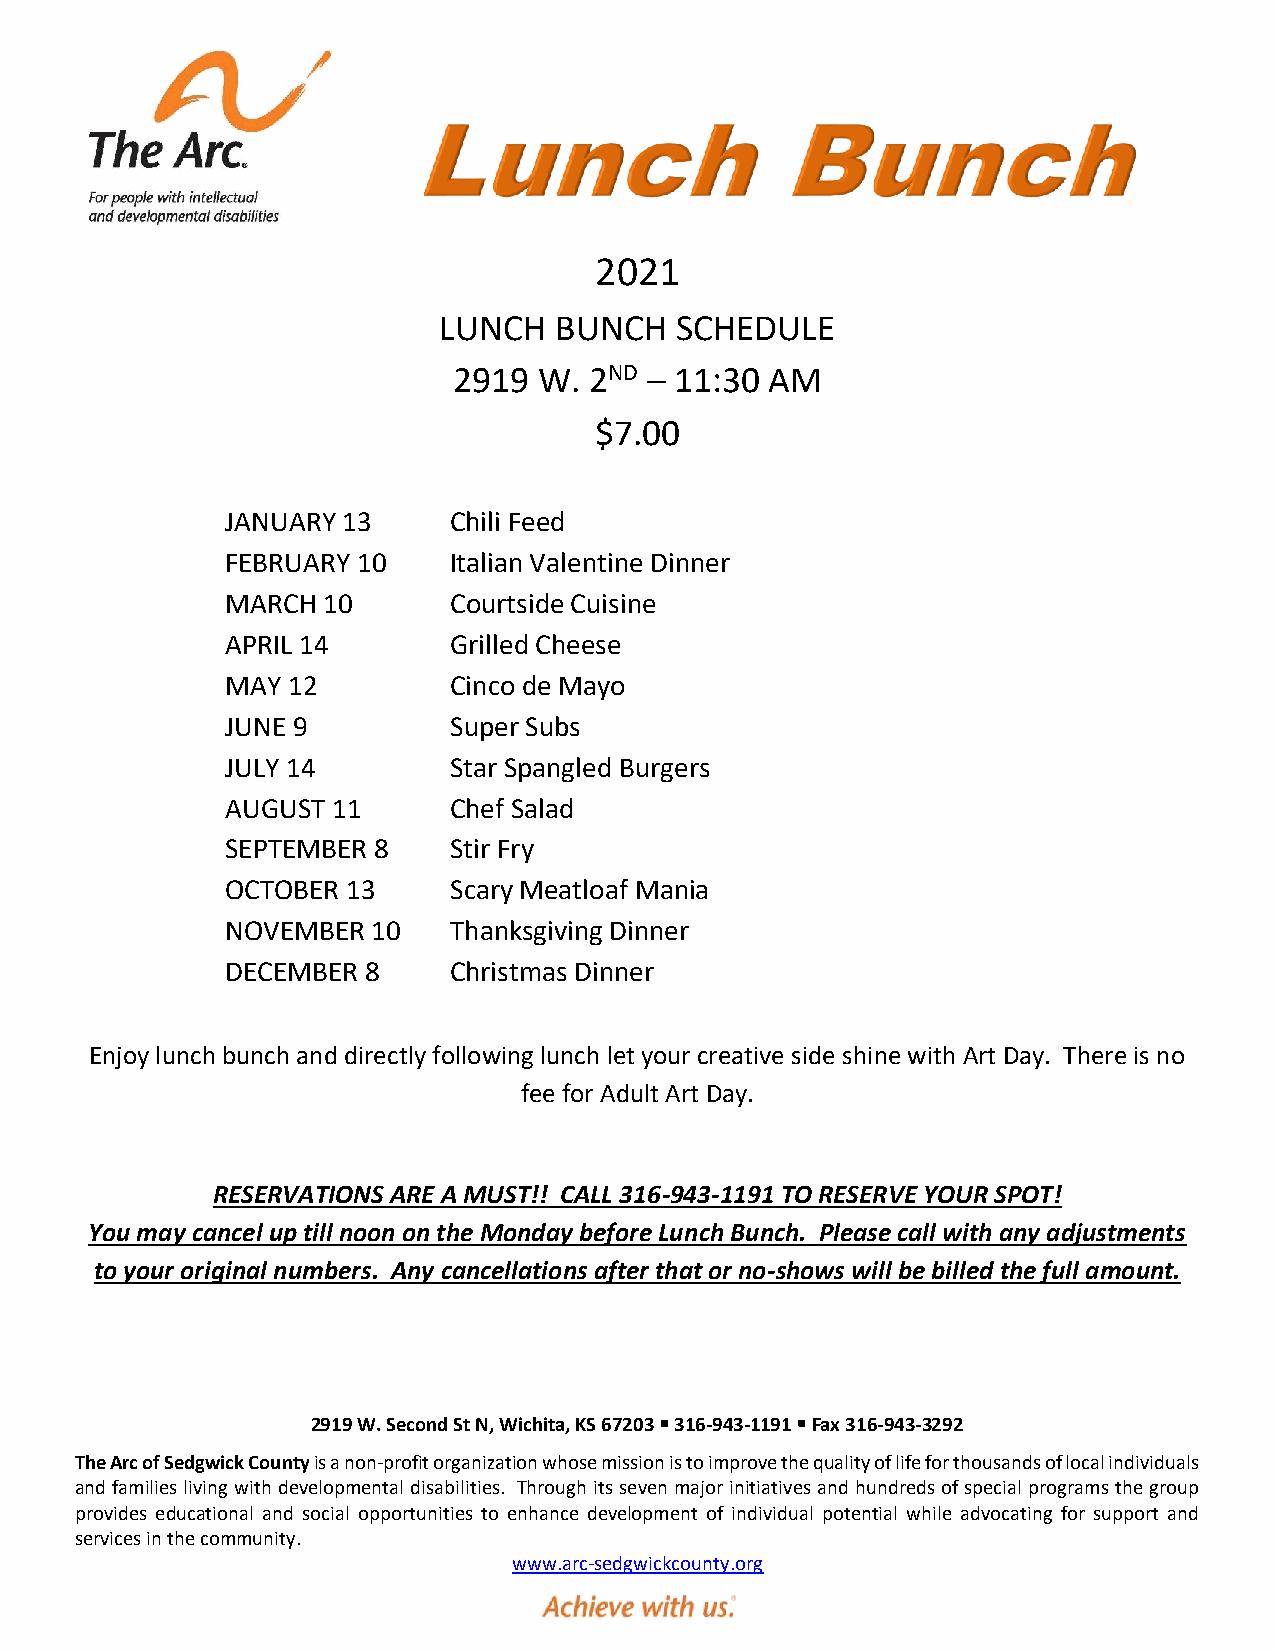
2021
 LUNCH   BUNCH   SCHEDULE
 2919  W. 2ND – 11:30 AM
 $7.00
 JANUARY 13     Chili Feed
 FEBRUARY 10    Italian Valentine Dinner
 MARCH 10       Courtside Cuisine
 APRIL 14       Grilled Cheese
 MAY 12         Cinco de Mayo
 JUNE 9         Super Subs
 JULY 14        Star Spangled Burgers
 AUGUST 11      Chef Salad
 SEPTEMBER 8    Stir Fry
 OCTOBER 13     Scary Meatloaf Mania
 NOVEMBER  10   Thanksgiving Dinner
 DECEMBER 8     Christmas Dinner
 Enjoy lunch bunch and directly following lunch let your creative side shine with Art Day. There is no
 fee for Adult Art Day.
 RESERVATIONS ARE A MUST!! CALL 316-943-1191 TO RESERVE YOUR SPOT!
 You may cancel up till noon on the Monday before Lunch Bunch. Please call with any adjustments
 to your original numbers. Any cancellations after that or no-shows will be billed the full amount.
 2919 W. Second St N, Wichita, KS 67203  316-943-1191  Fax 316-943-3292
 The Arc of Sedgwick County is a non-profit organization whose mission is to improve the quality of life for thousands of local individuals
 and families living with developmental disabilities. Through its seven major initiatives and hundreds of special programs the group
 provides educational and social opportunities to enhance development of individual potential while advocating for support and
 services in the community.
 www.arc-sedgwickcounty.org